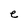
Character: e